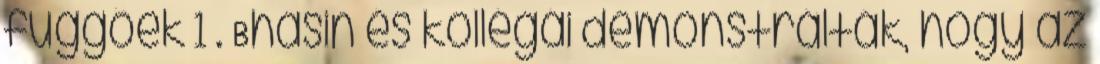
függőek 1 . Bhasin és kollégái demonstrálták, hogy az